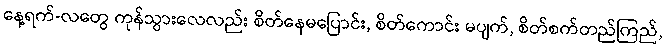
နေ့ရက်-လတွေ ကုန်သွားလေလည်း စိတ်နေမပြောင်း, စိတ်ကောင်း မပျက်, စိတ်စက်တည်ကြည်,